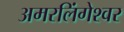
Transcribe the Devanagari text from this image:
अमरलिंगेश्‍वर